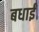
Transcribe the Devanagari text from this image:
बधाईं